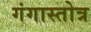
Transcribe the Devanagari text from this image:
गंगास्तोत्र